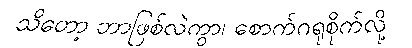
သိတော့ ဘာဖြစ်လဲကွာ၊ စောက်ဂရုစိုက်လို့